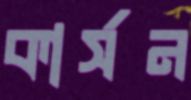
কার্সন